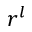
r ^ { l }